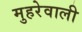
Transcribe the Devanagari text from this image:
मुहरेवाली